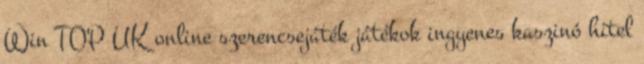
Win TOP UK online szerencsejáték játékok ingyenes kaszinó hitel